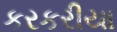
કરકરીયા